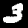
Label: 3